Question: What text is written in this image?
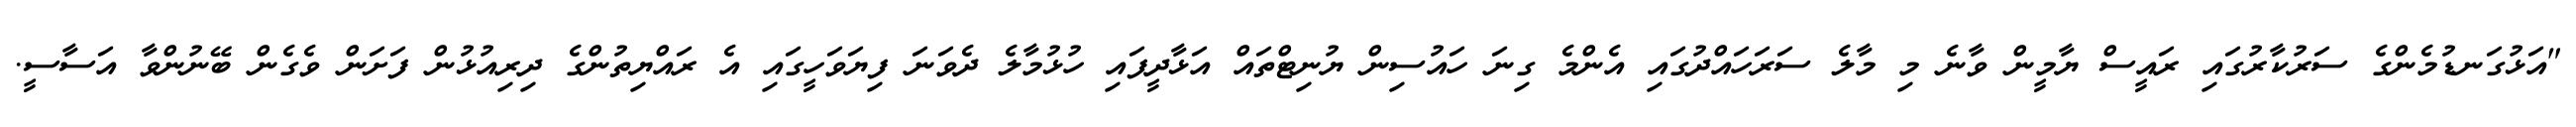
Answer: "އަޅުގަނޑުމެންގެ ސަރުކާރުގައި ރައީސް ޔާމީން ވާނެ މި މާލެ ސަރަހައްދުގައި އެންމެ ގިނަ ހައުސިން ޔުނިޓްތައް އަޅާދީފައި ހުޅުމާލެ ދެވަނަ ފިޔަވަހީގައި އެ ރައްޔިތުންގެ ދިރިއުޅުން ފަށަން ވެގެން ބޭނުންވާ އަސާސީ.